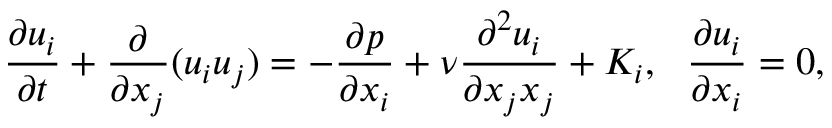
\frac { \partial u _ { i } } { \partial t } + \frac { \partial } { \partial x _ { j } } ( u _ { i } u _ { j } ) = - \frac { \partial p } { \partial x _ { i } } + \nu \frac { \partial ^ { 2 } u _ { i } } { \partial x _ { j } x _ { j } } + K _ { i } , ~ ~ \frac { \partial u _ { i } } { \partial x _ { i } } = 0 ,